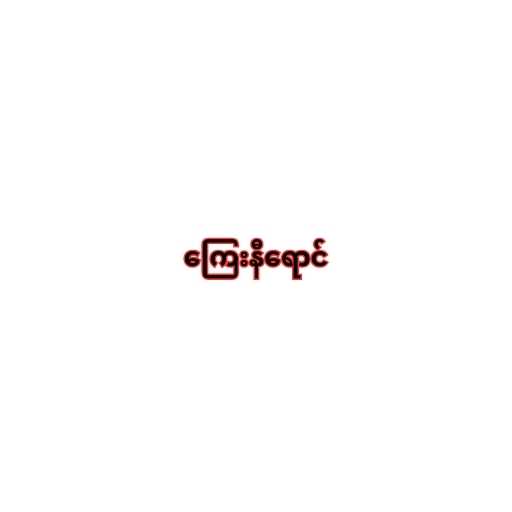
ကြေးနီရောင်